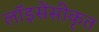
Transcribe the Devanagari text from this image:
लॉइसेंसीकृत